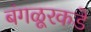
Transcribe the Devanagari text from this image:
बंगळूरकडे